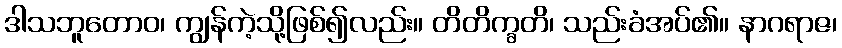
ဒါသဘူတောဝ၊ ကျွန်ကဲ့သို့ဖြစ်၍လည်း။ တိတိက္ခတိ၊ သည်းခံအပ်၏။ နာဂရာဇ၊